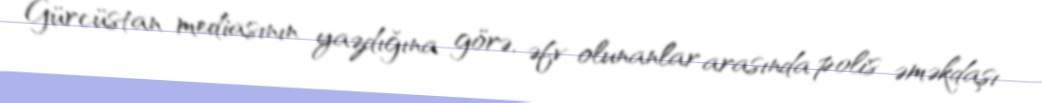
Gürcüstan mediasının yazdığına görə, əfv olunanlar arasında polis əməkdaşı